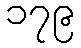
၁၇၉